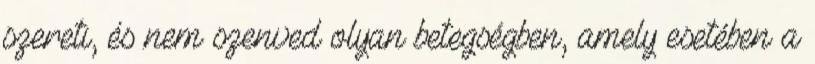
szereti, és nem szenved olyan betegségben, amely esetében a